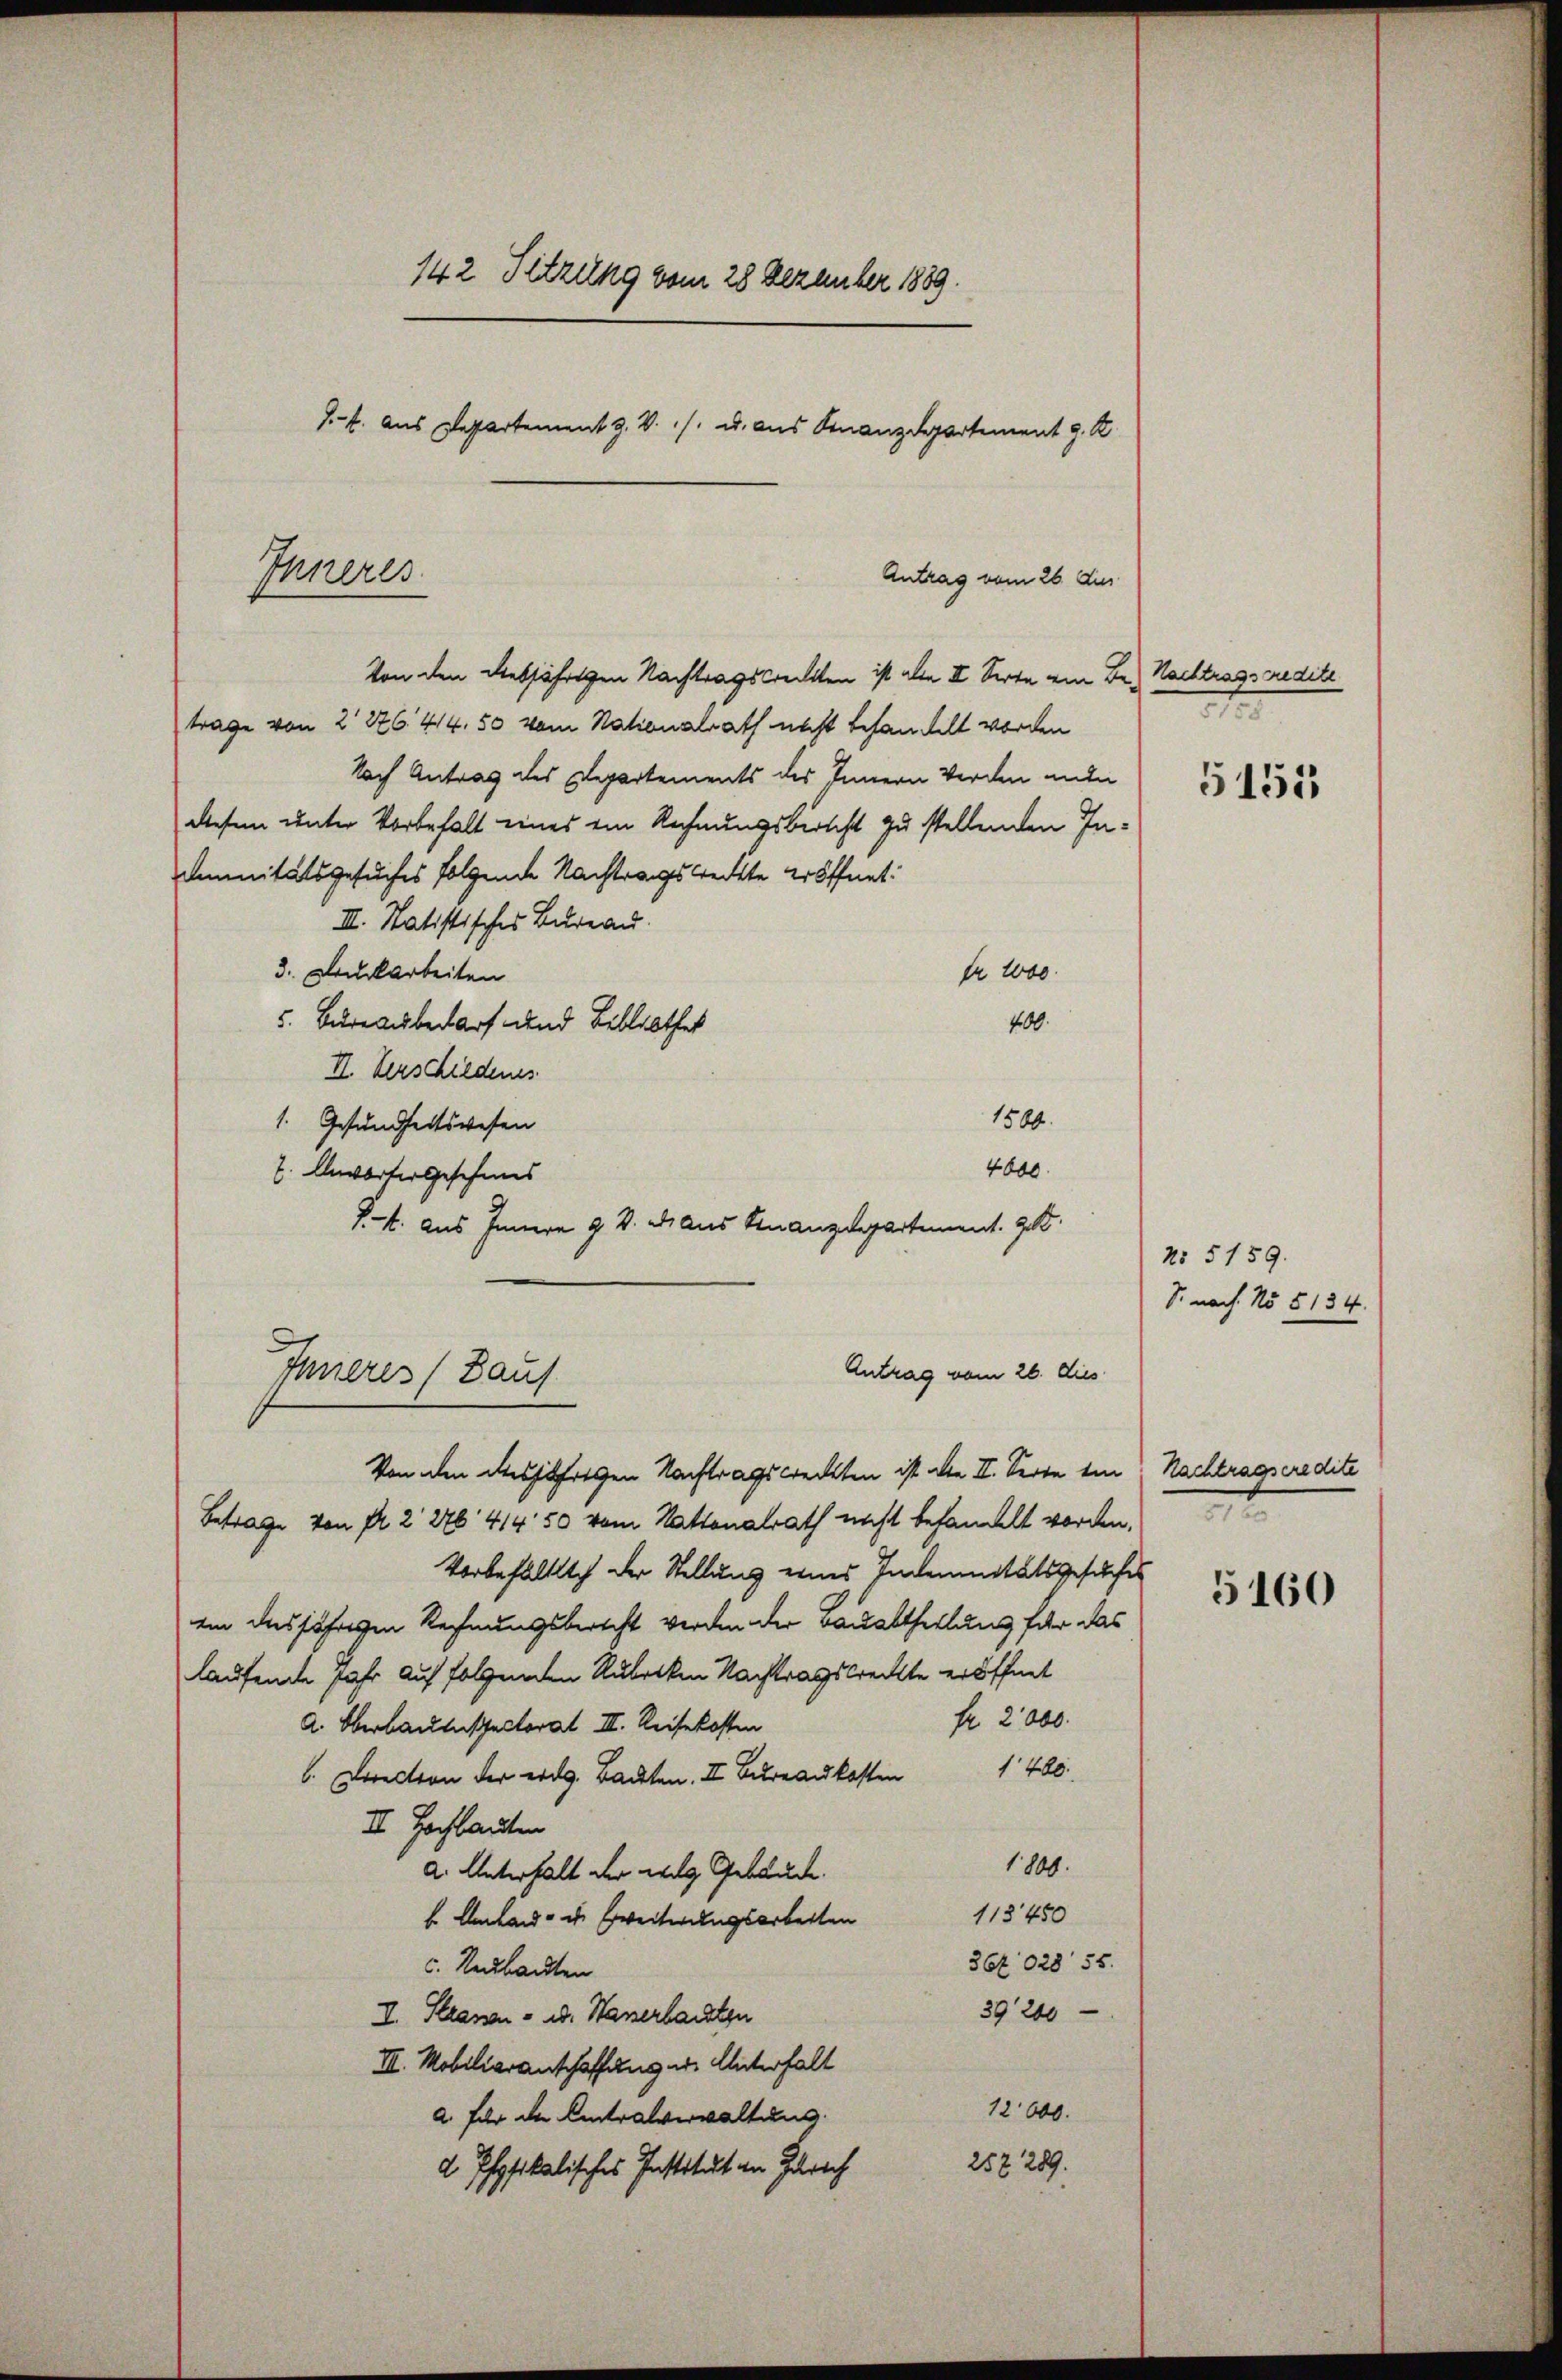
142 Sitzung vom 28 Dezember 1889.
S.B. aus Departement J. V. /. u. aus Finanzdepartement z. B.

Von den diesjährigen Nachtragsweckten ist alle II. Serte von Be. Nachtragscredite
trage von 2 276. 414, 50 vom Nationalrath nicht behandelt worden
Nach Antrag des Departements des Innern Verden ande
diesem unter Vorbehalt eines ein Rechnungsbericht zu stellenden In¬
Amnitätsgesuches folgende Nachtragsredete eröffnet.
III. Statistisches Bureau.
3. Duckarbeiten
te 1000.
5. Bureausbedarf und Bibliothek
400.
II. Verschiedenes
1500.
1. Gesundheitswesen
4000.
7. Anwarter gesehens
K.k. Aus Innern J. V. draus Finanzdepartement. 98.
Antrag vom 26. dies
Inneres (Bauf
Von den diesjährigen Nachtragswreckten ist alle II. Serie ein Nachtragseredite
Betrage von fl. 2 276. 414. 50 vom Kattonalrath nicht behandelt worden.
Vorbehältlich der Stellung eines Indemnitätsgesuches
ein diesjährigen Rechnungsbericht werden der Bauabtheilung für das
laufende Jahr auf folgenden Rubriken Nachtragstreckte eröffnet
fr. 2000.
A. Oberbautenspectorat II. Reisekosten
Dection der eidg. Bauten. II. Baukosten 400
III. Hochlauten
1800.
a. Unterhalt der weg Gebäude.
118450
b Anland- u Breiterungsarbeiten
362028 55.
c. Neubauten
39200
I. Stranen - u. Wasserbachten
III. Mobiliaranschaffung in Unterhalt
12000.
a. Für die Antralverwaltung
252 289.
d Physikalisches Institut in Zürich

Inneres

Antrag vom 26. Aus

5155

No 5159.
S. nach No 5134.

5160